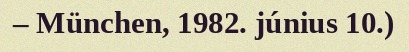
– München, 1982. június 10.)